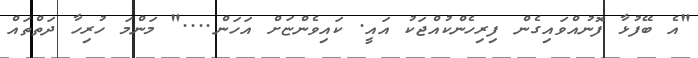
"އެ ބޭފުޅާ ފޮނުއްވައިގެން ފިރިހެންކުއްޖަކު އައީ. ކައިވެންޏަށް އަހަން...." މަންމަ ހުރިހާ ދަތްތައް